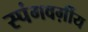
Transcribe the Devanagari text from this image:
स्पंगवर्ग़ीय